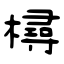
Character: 樳